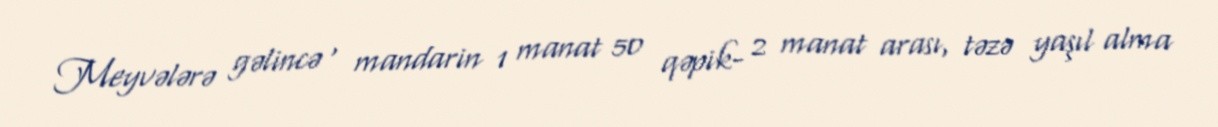
Meyvələrə gəlincə , mandarin 1 manat 50 qəpik- 2 manat arası, təzə yaşıl alma